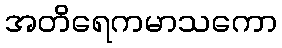
အတိရေကမာသကော